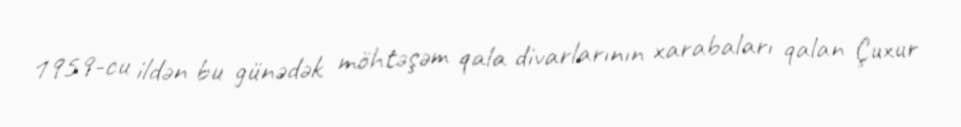
1959-cu ildən bu günədək möhtəşəm qala divarlarının xarabaları qalan Çuxur